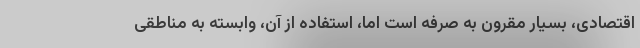
اقتصادی، بسیار مقرون به صرفه است اما، استفاده از آن، وابسته به مناطقی